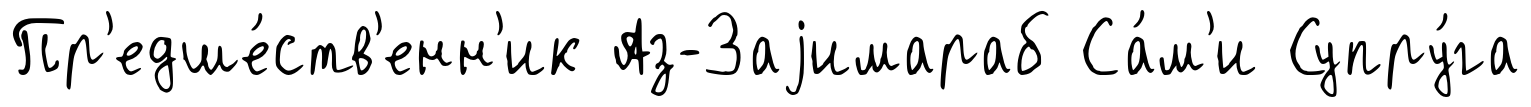
Пр'едше́ств'енн'ик Аз-Заjимараб Са́м'и Супру́га